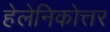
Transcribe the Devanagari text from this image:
हेलेनिकोत्तर